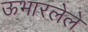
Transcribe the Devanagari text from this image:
ऊभारलेले